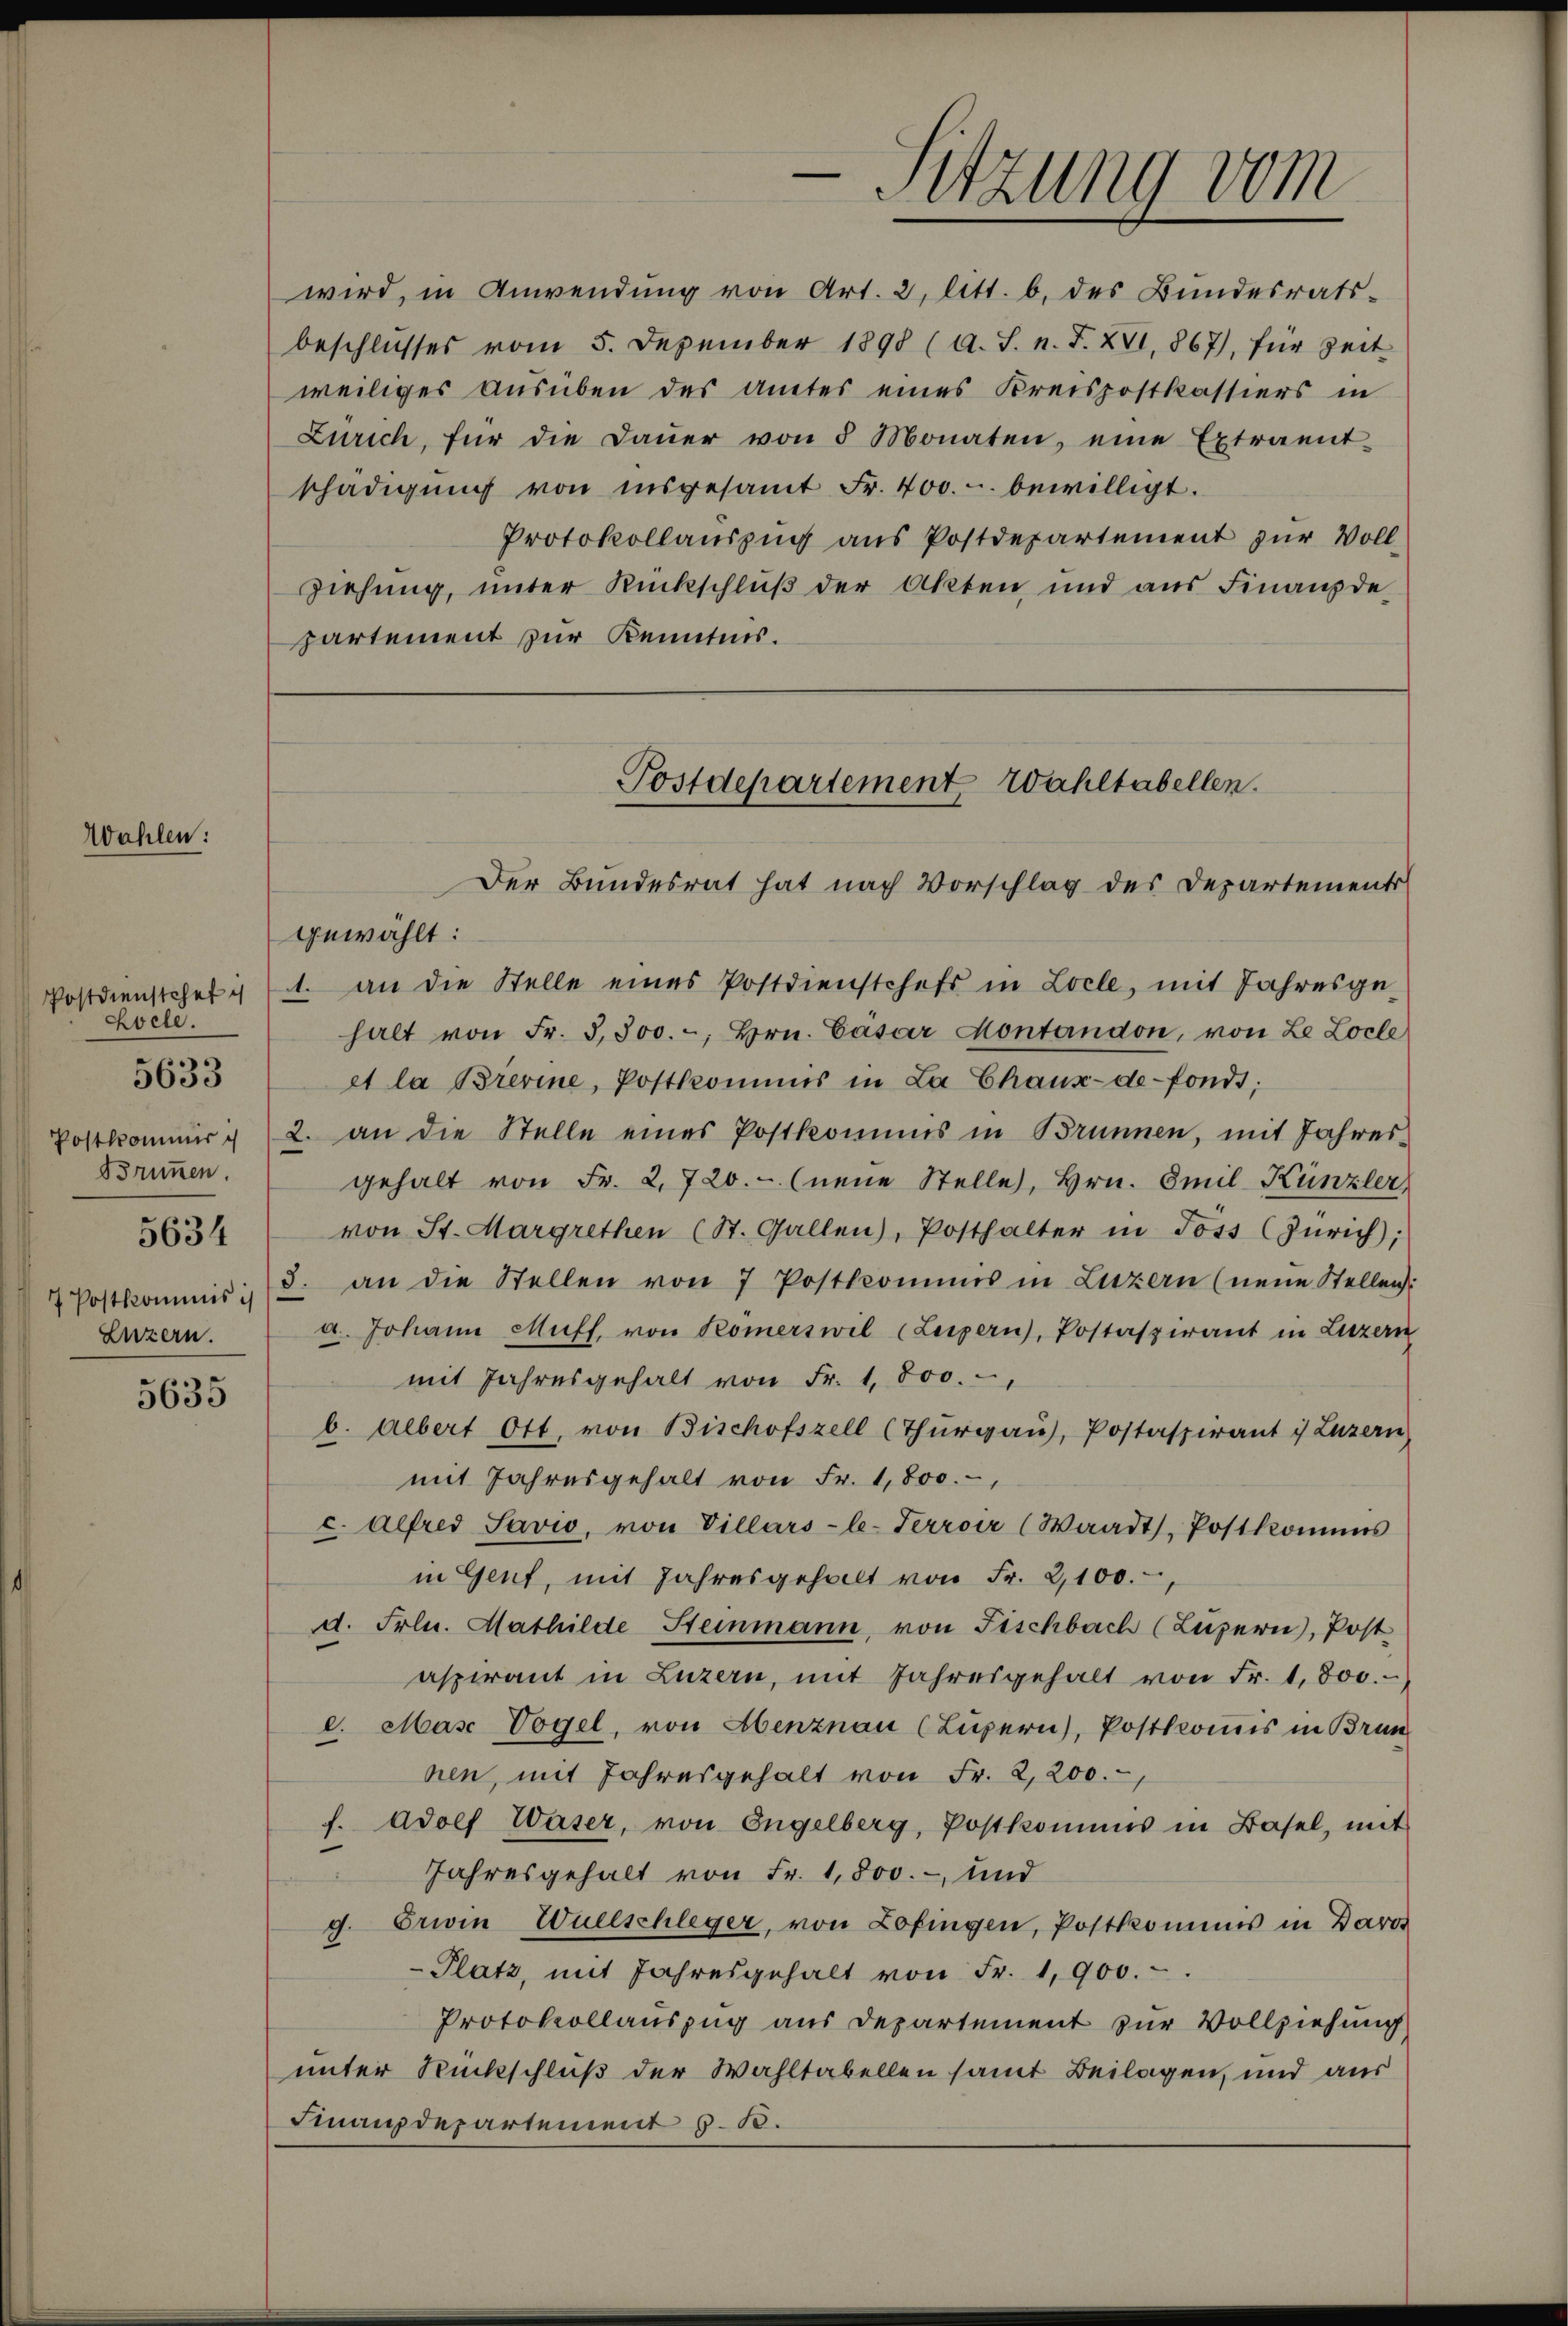
Wahlen:

Kocle.
Brunnen.
5634
Luzern.

5633

5635

wird, in Anwendung von Art. 2, Att. b. des Bundesratsbeschlŭsses vom 5. Dezember 1898 (A. S. n. F. XVI. 867), für Zeit
weiliges ausüben des Amtes eines Kreispostkassiers in
Zürich, für die Daŭer von 5 Monaten, eine Extraent-
schädigŭng von insgesamt Fr. 400.-. bewilligt.
Protokollauszug aus Postdepartement zur Voll-
Ziehung, unter Rückschlŭβ der Akten und aŭs Finanzde-
partement zur Kenntnis.

-Sitzung vom

Postdepartement Wahltabellen.
Der Bundesrat hat nach Vorschlag des Departements

gewählt:
Postdienstehet ist an die Stelle eines Postdienstchefs in Locle, mit Jahresge-
halt von Fr. 3,500.-, Hrn. Cäsar Montandon, von Le Locle
et la Brevine, Postkommis in La Chaux-de-Fonds;
Postkommer u 2. an die Stelle eines Postkommis in Brunnen, mit Jahres
gehalt von Fr. 2,720.- (neue Stelle, Hrn. Emil Künzler,
von St. Margrethen (St. Gallen), Posthalter in Joss (Zürich;
 Postkommis. (3. an die Stellen von 7 Postkommis in Luzern (neue Stellen:
a. Johann Muff, von Römerswil (Luzern, Postaspirant in Luzern
mit Jahresgehalt von Fr. 1,800.
b. Albert Ott, von Bischofszell (Thurgau, Postaspirant i Luzern
mit Jahresgehalt von Fr. 1,800.-,
c. Alfred Savio, von Villars-le-Terroir (Waadt Postkommis
in Gent, mit Jahresgehalt von Fr. 2,100.
d. Frln. Mathilde Steinmann, von Fischbach (Luzern), Post
aspirant in Luzern, mit Jahresgehalt von Fr. 1,800.
l. Mase Vogel, von Abenznau (Luzern), Postkommis in Brun
nen, mit Jahresgehalt von Fr. 2,200.
f. Adolf Waser, von Engelberg, Postkommis in Basel, mit
Jahresgehalt von Fr. 1,800.-, und
g. Erwin Wuelschleger, von Zofingen, Postkommis in Baro
-Platz, mit Jahresgehalt von Fr. 1900.
Protokollauszug aus Departement zur Vollziehung
unter Rückschluß der Wahltabellen samt Beilagen, und aus
Finanzdepartement 510.